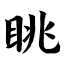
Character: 眺